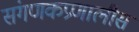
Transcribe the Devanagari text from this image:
संगणकप्रणालीस